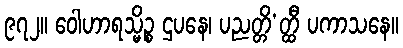
၉၇၂။ ဝေါဟာရသ္မိဉ္စ ဌပနေ၊ ပညတ္တိ’တ္ထီ ပကာသနေ။